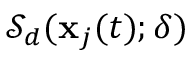
\mathcal { S } _ { d } ( \mathbf { x } _ { j } ( t ) ; \delta )